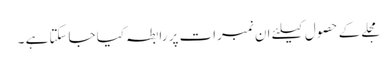
مجلے کے حصول کیلئے ان نمبرات پر رابطہ کیا جاسکتا ہے ۔